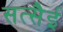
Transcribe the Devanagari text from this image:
सत्सैई